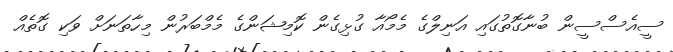
ސީއެސްސީން ބުނާގޮތުގައި އަނިލްގެ މެމޯއާ ގުޅިގެން ކޮމިޝަންގެ މެމްބަރުން މިހާތަނަށް ވަކި ގޮތެއް